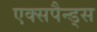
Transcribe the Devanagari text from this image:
एक्सपैन्ड्स